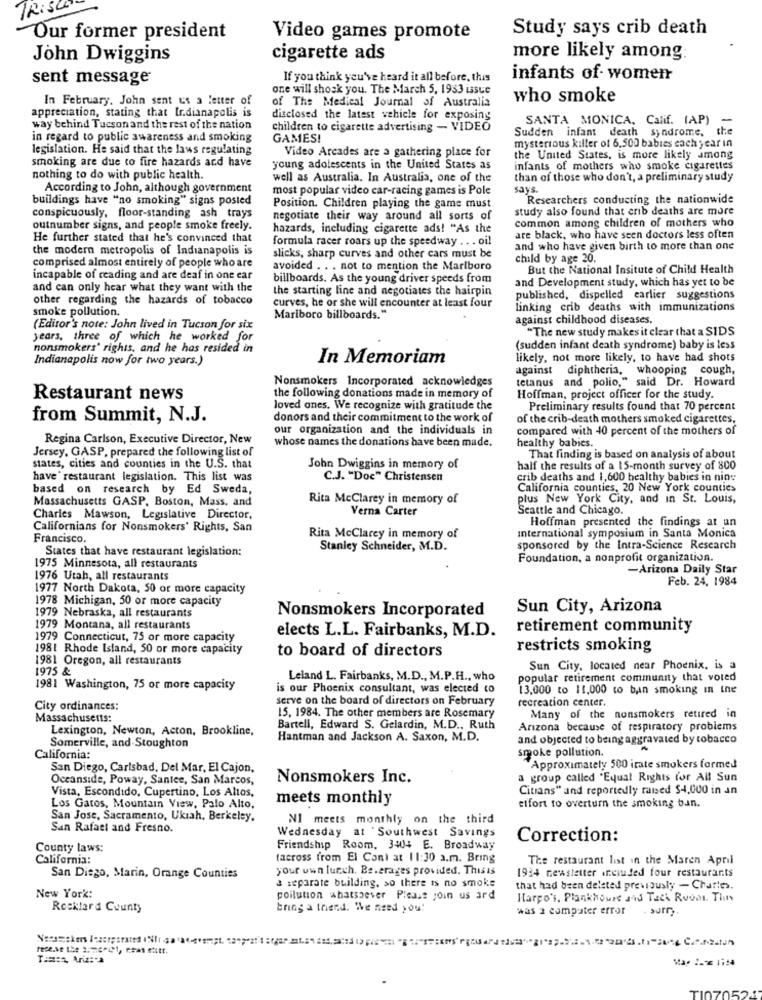
TROSCE
Study says crib death
Our former president
Video games promote
John Dwiggins
cigarette ads
more likely among:
sent message
If you think you've heard it all before, this
infants of- women
one will shock you. The March 5, 1933 issue
In February. John sent us a letter of
who smoke
appreciation, stating that Ir.dianapolis is
of The Medical Journal of Australia
disclosed the latest vehicle for exposing
SANTA MONICA, Calif. (AP) -
way behind Tucson and the rest of the nation
children to cigarette advertising - VIDEO
Sudden infant death syndrome, the
in regard to public awareness and smoking
GAMES!
legislation. He said that the laws regulating
Video Arcades are a gathering place for
mysterious killer of 6.500 babies each year in
smoking are due to fire hazards and have
the United States, is more likely among
young adolescents in the United States as
infants of mothers who smoke cigarettes
nothing to do with public health.
well as Australia. In Australia, one of the
than of those who don't, a preliminary study
According to John, although government
most popular video car-racing games is Pole
says.
buildings have "no smoking" signs posted
Researchers conducting the nationwide
Position. Children playing the game must
study also found that crib deaths are more
conspicuously, floor-standing ash trays
negotiate their way around all sorts of
common among children of mothers who
outnumber signs, and people smoke freely.
hazards, including cigarette ads! "As the
He further stated that he's convinced that
formula racer roars up the speedway . . . oil
are black, who have seen doctors less often
the modern metropolis of Indianapolis is
and who have given birth to more than one
comprised almost entirely of people who are
slicks, sharp curves and other cars must be
child by age 20.
avoided .. . not to mention the Marlboro
But the National Insitute of Child Health
incapable of reading and are deaf in one ear
billboards. As the young driver speeds from
and Development study, which has yet to be
and can only hear what they want with the
the starting line and negotiates the hairpin
other regarding the hazards of tobacco
published, dispelled earlier suggestions
smoke pollution.
curves, he or she will encounter at least four
linking crib deaths with immunizations
Mariboro billboards."
against childhood diseases,
(Editor's note: John lived in Tucson for six
"The new study makes it clear that a SIDS
years, three of which he worked for
nonsmokers' rights, and he has resided in
(sudden infant death syndrome) baby is less
Indianapolis now for two years.)
In Memoriam
likely, not more likely, to have had shots
against diphtheria, whooping cough,
Nonsmokers Incorporated acknowledges
tetanus and polio," said Dr. Howard
Restaurant news
the following donations made in memory of
Hoffman, project officer for the study.
loved ones. We recognize with gratitude the
Preliminary results found that 70 percent
from Summit, N.J.
donors and their commitment to the work of
of the crib-death mothers smoked cigarettes,
our organization and the individuals in
compared with 40 percent of the mothers of
Regina Carlson, Executive Director, New
Jersey, GASP, prepared the following list of
whose names the donations have been made.
healthy babies.
That finding is based on analysis of about
states, cities and counties in the U.S. that
John Dwiggins in memory of
half the results of a 15-month survey of 800
have" restaurant legislation. This list was
C.J. "Doc" Christensen
crib deaths and 1,600 healthy babies in nine
based on research by Ed Sweda,
California counties. 20 New York counties
Massachusetts GASP, Boston, Mass, and
Rita McClarey in memory of
plus New York City, and in St. Louis,
Verna Carter
Seattle and Chicago.
Charles Mawson, Legislative Director,
Hoffman presented the findings at un
Californians for Nonsmokers' Rights, San
Francisco,
Rita McClarey in memory of
international symposium in Santa Monica
States that have restaurant legislation:
Stanley Schneider, M.D.
sponsored by the Intra-Science Research
Foundation, a nonprofit organization.
1975 Minnesota, all restaurants
-Arizona Daily Star
1976 Utah, all restaurants
Feb. 24, 1984
1977 North Dakota, 50 or more capacity
1978 Michigan, 50 or more capacity
Nonsmokers Incorporated
Sun City, Arizona
1979 Nebraska, all restaurants
1979 Montana, all restaurants
elects L.L. Fairbanks, M.D.
retirement community
1979 Connecticut, 75 or more capacity
1981 Rhode Island, 50 or more capacity
to board of directors
restricts smoking
1981 Oregon, all restaurants
Sun City, located near Phoenix, is a
1975 &
Leland L. Fairbanks, M.D ., M.P.H ., who
popular retirement community that voted
1981 Washington, 75 or more capacity
is our Phoenix consultant, was elected to
13,000 to 11,000 to ban smoking in ine
serve on the board of directors on February
recreation center.
City ordinances:
Massachusetts:
15, 1984. The other members are Rosemary
Many of the nonsmokers retired in
Lexington, Newton, Acton, Brookline,
Bartell, Edward S. Gelardin, M.D ., Ruth
Anzona because of respiratory problems
Hantman and Jackson A. Saxon, M.D.
and objected to being aggravated by tobacco
Somerville, and Stoughton
smoke pollution.
California:
San Diego, Carlsbad, Del Mar, El Cajon,
Approximately 500 irate smokers formed
Oceanside, Poway, Santee, San Marcos,
Nonsmokers Inc.
a group called "Equal Rights for All Sun
Vista, Escondido, Cupertino, Los Altos,
Citians" and reportedly raised $4,000 in an
meets monthly
Los Gatos, Mountain View, Palo Alto,
effort to overturn the smoking ban.
San Jose, Sacramento, Ukiah, Berkeley,
NI meets monthly on the third
San Rafael and Fresno.
Wednesday at 'Southwest Savings
Correction:
County laws:
Friendship Room, 3404 E. Broadway
California:
(across from El Coni at 11:30 a.m. Bring
The restaurant list in the Maren April
your own lunch. Beverages provided. This is
1934 newsletter included four restaurants
San Diego, Marin, Orange Counties
a separate building, so there is no smoke
that had been deleted previously - Charles.
New York:
poilution whatsoever Please join us ard
Harpo's, Plankhouse and Tack Rudos. Tin
Rocklard County
bring a thend. We need you!
was a computer error
TI0705